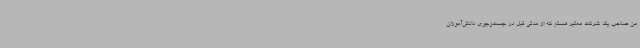
من صاحب یک شرکت معتبر هستم که از مدتی قبل در جست‌وجوی دانش‌آموزان